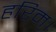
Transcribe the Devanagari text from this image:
हरिम्।